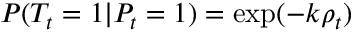
P ( T _ { t } = 1 | P _ { t } = 1 ) = \exp ( - k \rho _ { t } )